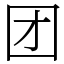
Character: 团